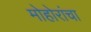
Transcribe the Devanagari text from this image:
मोहोरांचा